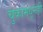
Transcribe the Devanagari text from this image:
चुकांमधूनही